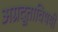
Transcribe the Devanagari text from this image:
अग्रदूताविषयी